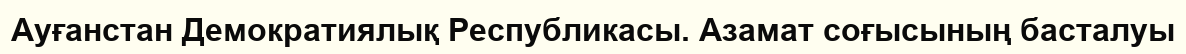
Ауғанстан Демократиялық Республикасы. Азамат соғысының басталуы